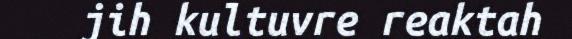
jih kultuvre reaktah